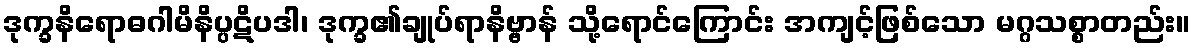
ဒုက္ခနိရောဓဂါမိနိပ္ပဋိပဒါ၊ ဒုက္ခ၏ချုပ်ရာနိဗ္ဗာန် သို့ရောင်ကြောင်း အကျင့်ဖြစ်သော မဂ္ဂသစ္စာတည်း။